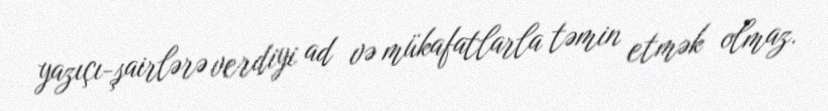
yazıçı-şairlərə verdiyi ad və mükafatlarla təmin etmək olmaz.